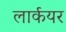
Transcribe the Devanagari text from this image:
लार्कयर